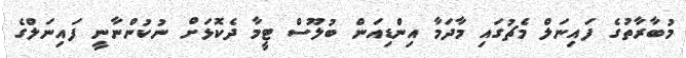
މުބާރާތުގެ ފައިނަލް މެޗުގައި މާދަމާ އިންޑިއަން ބުލޫސް ޓީމާ ދެކޮޅަށް ނުކުންނާނީ ފައިނަލްގެ